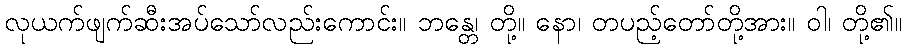
လုယက်ဖျက်ဆီးအပ်သော်လည်းကောင်း။ ဘန္တေ၊ တို့။ နော၊ တပည့်တော်တို့အား။ ဝါ၊ တို့၏။